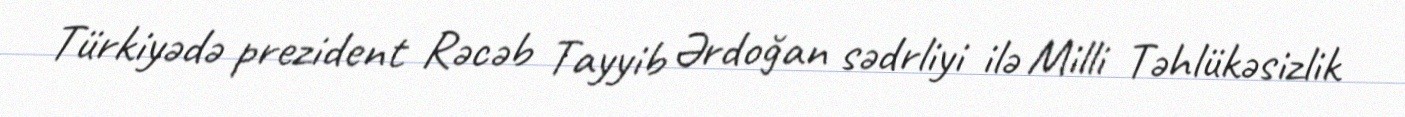
Türkiyədə prezident Rəcəb Tayyib Ərdoğan sədrliyi ilə Milli Təhlükəsizlik